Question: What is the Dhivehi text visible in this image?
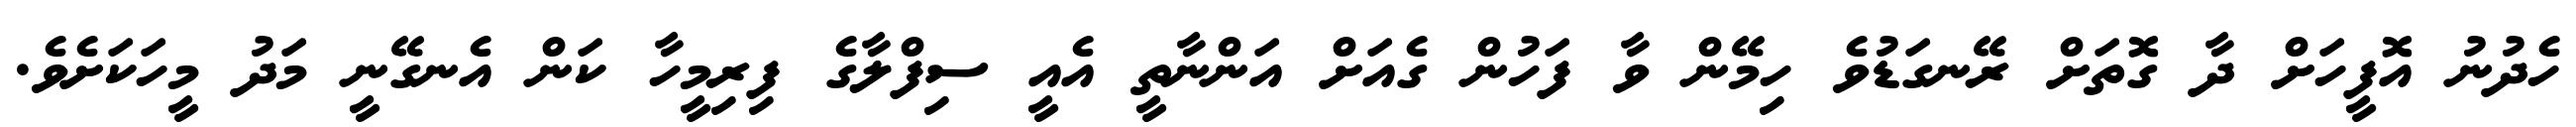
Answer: ހެދުނު އޮފީހަށް ދާ ގޮތަށް ރޭނގަޑުވެ ހިމޭން ވާ ފަހުން ގެއަށް އަންނާތީ އެއީ ސިފްލާގެ ފިރިމީހާ ކަން އެނގޭނީ މަދު މީހަކަށެވެ.